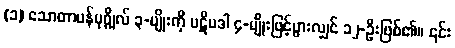
(၁) သောတာပန်ပုဂ္ဂိုလ် ၃-မျိုးကို ပဋိပဒါ ၄-မျိုးဖြင့်ပွားလျှင် ၁၂-ဦးဖြစ်၏။ ၎င်း